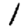
Digit: 1